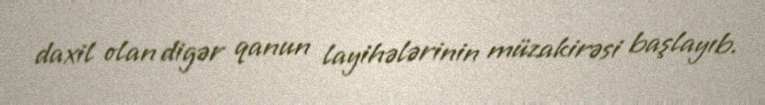
daxil olan digər qanun layihələrinin müzakirəsi başlayıb.